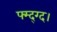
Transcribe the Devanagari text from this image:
फ्म्द्ग्द।